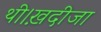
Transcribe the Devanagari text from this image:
थी।ख़दीजा